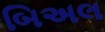
બિઅલ